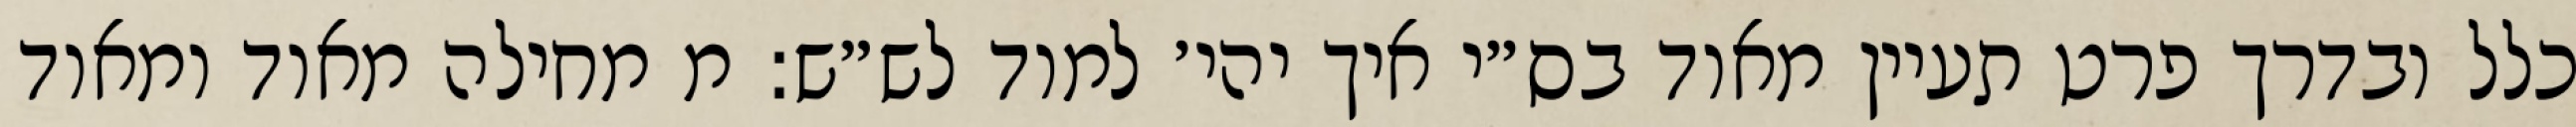
כלל ובדרך פרט תעיין מאוד בס״י איך יהי׳ למוד לש״ש: מ מחילה מאוד ומאוד